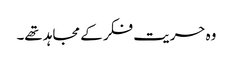
وہ حریت فکر کے مجاہد تھے۔